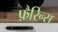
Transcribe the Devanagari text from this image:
फ़ैरिन्स